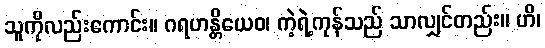
သူကိုလည်းကောင်း။ ဂရဟန္တိယေဝ၊ ကဲ့ရဲ့ကုန်သည် သာလျှင်တည်း။ ဟိ၊